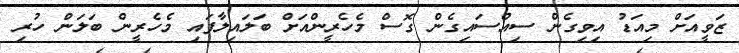
ޒަވީއަށް މިއަޑު އިވިގެން ސިއްސައިގެން ގޮސް މެހެރީންއަށް ބަލައިލާފައި މެހެރީން ބަލަން ހުރި